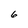
Character: 6